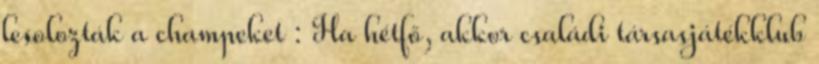
lesolozták a champeket : Ha hétfő, akkor családi társasjátékklub